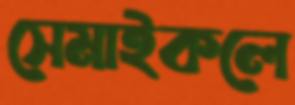
সেমাইকলে